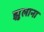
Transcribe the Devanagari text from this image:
झुलाना